Civil Veterinary Department ledger series I-VI
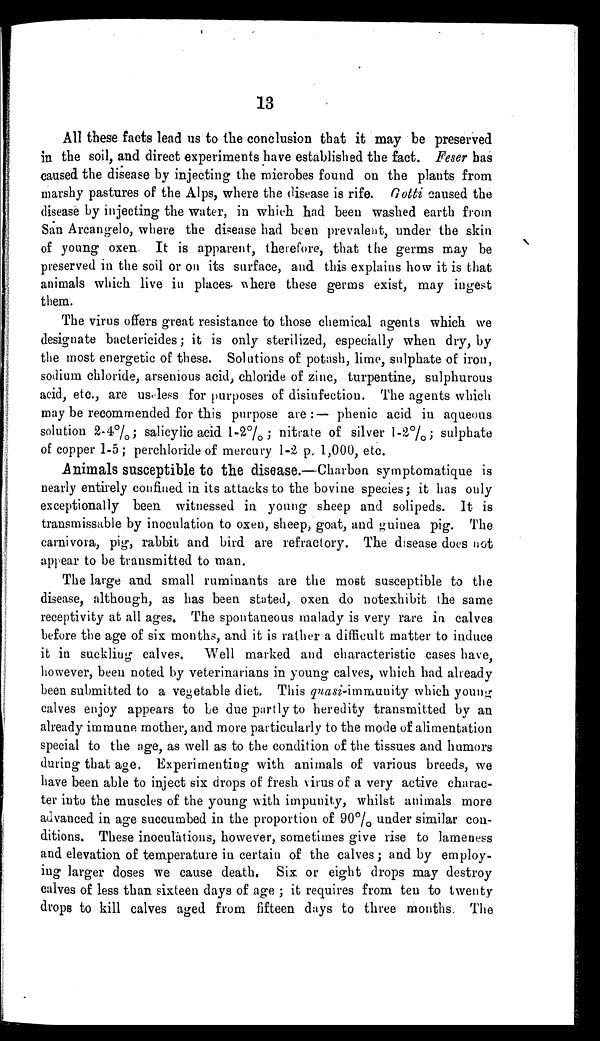
13
All these facts lead us to the conclusion that it may be preserved
in the soil, and direct experiments have established the fact. Feser has
caused the disease by injecting the microbes found on the plants from
marshy pastures of the Alps, where the disease is rife. Gotti caused the
disease by injecting the water, in which had been washed earth from
San Arcangelo, where the disease had been prevalent, under the skin
of young oxen It is apparent, therefore, that the germs may be
preserved in the soil or on its surface, and this explains how it is that
animals which live in places- where these germs exist, may ingest
tbem.
The virus offers great resistance to those chemical agents which we
designate baetericides; it is only sterilized, especially when dry, by
the most energetic of these. Solutions of potash, lime, sulphate of iron,
sodium chloride, arsenious acid, chloride of zinc, turpentine, sulphurous
acid, etc., are useless for purposes of disinfection. The agents which
may be recommended for this purpose are:— phenic acid iu aqueous
solution 2-4%; salicyiic acid l-2°/ 0 ; nitrate of silver 1 -2.°/ 0 ; sulphate
o£ copper 1-5; perchloiide of mercury 1-2 p. 1,000, etc.
Animals susceptible to the disease.—Chaibon symptomatique is
nearly entirely confined in its attacks to the bovine species; it has only
exceptionally been witnessed in young sheep and solipeds. It is
transmissable by inoculation to oxen, sheep, goat, and guinea pig. The
carnivoia, pig, rabbit and bird are refractory. The disease does not
appear to be transmitted to man.
The large and small ruminants are the most susceptible to the
disease, although, as has been stated, oxen do notexhibit the same
receptivity at all ages. The spontaneous malady is very rare iu calves
before the age of six months, and it is rather a difficult matter to induce
it in suckliug calves. Well marked and characteristic cases have,
however, been noted by veterinarians in young calves, which had already
been submitted to a vegetable diet. This qnasi-im-a±uu'\iy which youn^
calves enjoy appears to be due partly to heredity transmitted by an
already immune mother, and more particularly to the mode of alimentation
special to the age, as well as to the condition of the tissues and humors
during that age. Experimenting with animals of various breeds, we
have been able to inject six drops of fresh virus of a very active charac-
ter into the muscles of the young with impunity, whilst animals more
advanced in age succumbed in the proportion of 90°/ o under similar con-
ditions. These inoculations, however, sometimes give rise to lameness
and elevation of temperature iu certain of the calves; and by employ-
ing larger doses we cause death. Six or eight drops may destroy
calves of less than sixteen days of age ; it requires from ten to twenty
drops to kill calves aged from fifteen days to three months. The